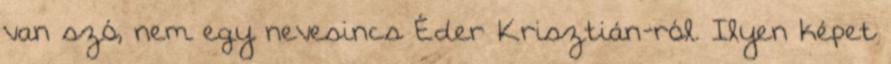
van szó, nem egy nevesincs Éder Krisztián-ról. Ilyen képet